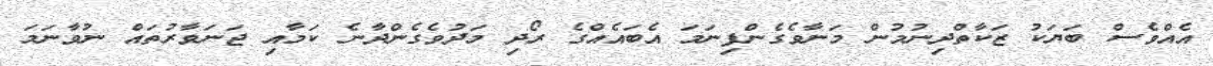
އެއްވެސް ބަޔަކު ޒަކާތްދިނުމުން މަނާވެގެންފިނަމަ އެބައެއްގެ ރޯދި މަދުވެގެންދާނެ ކަމާއި ޖަނަވާރުތައް ނުވާނަމަ